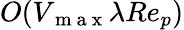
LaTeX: O(V_{\mathrm{~m~a~x~}}\lambda Re_{p})